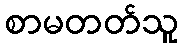
စာမတတ်သူ